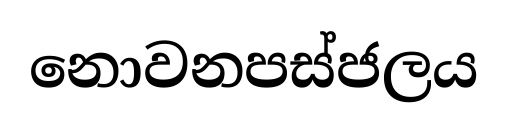
නොවනපස්ජලය